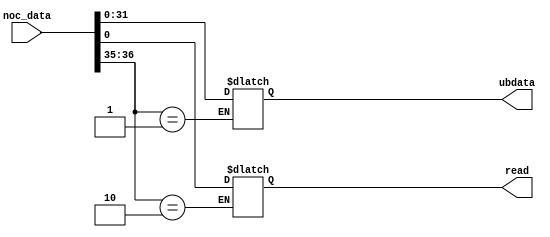
`timescale 1ns / 1ps
//////////////////////////////////////////////////////////////////////////////////
// Company: 
// Engineer: 
// 
// Design Name: 
// Module Name: Mna_Flit_Unboxer
// Project Name: 
// Target Devices: 
// Tool Versions: 
// Description: 
// 
// Dependencies: 
// 
// Revision:
// Revision 0.01 - File Created
// Additional Comments:
// 
//////////////////////////////////////////////////////////////////////////////////


module Mna_Flit_Unboxer(noc_data, ubdata, read);
    input [36:0] noc_data;
    output reg [31:0] ubdata;
    output reg read;
    
    always @(noc_data)
    if(noc_data[36:35] == 2'b10) begin
        read = noc_data[0];
    end
    
    always @(noc_data)
    if(noc_data[36:35] == 2'b01) begin
        ubdata <= noc_data[31:0];
    end
     
endmodule